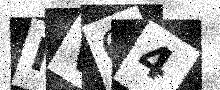
Text: MV64